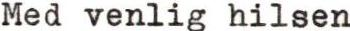
Med venlig hilsen